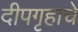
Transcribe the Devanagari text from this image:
दीपगृहाचे